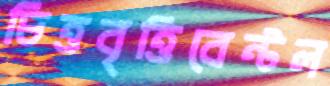
চিত্তবৃত্তিবেন্টল